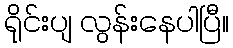
ရိုင်းပျ လွန်းနေပါပြီ။